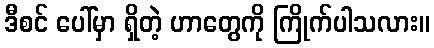
ဒီစင် ပေါ်မှာ ရှိတဲ့ ဟာတွေကို ကြိုက်ပါသလား။